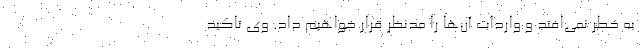
به خطر نمی‌افتد و واردات آن‌ها را مدنظر قرار خواهیم داد. وی تاکید